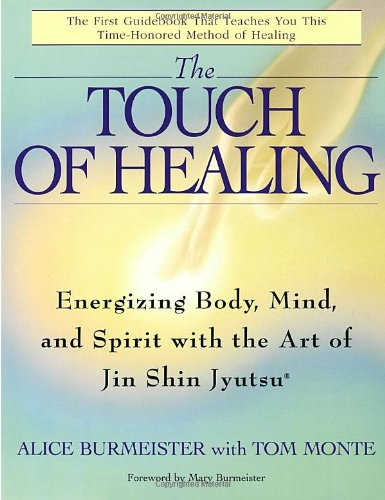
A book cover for The Touch of Healing: Energizing the Body, Mind, and Spirit With Jin Shin Jyutsu; Alice Burmeister; Health, Fitness & Dieting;